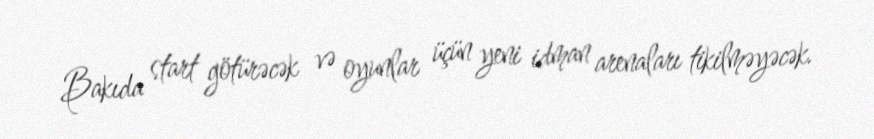
Bakıda start götürəcək və oyunlar üçün yeni idman arenaları tikilməyəcək.